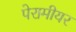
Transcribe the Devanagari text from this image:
पेरामीयर